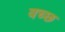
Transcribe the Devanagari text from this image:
वच्छ